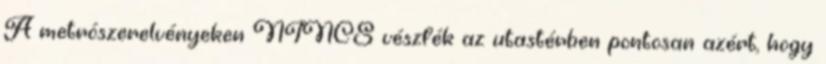
A metrószerelvényeken NINCS vészfék az utastérben pontosan azért, hogy